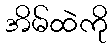
အိမ်ထဲကို